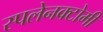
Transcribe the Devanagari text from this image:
स्पलेनक्टोमी